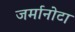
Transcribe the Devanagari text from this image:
जर्मानोटा